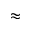
\approx